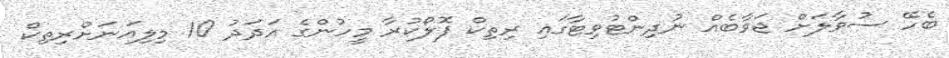
ބެހޭ ސުވާލަށް ޖަވާބެއް ނުދިންޓުވިޓާގައި ރިތިކް ފޮލޯކުރާ މީހުންގެ އަދަދު 10 މިލިއަނަށްރިތިކް